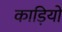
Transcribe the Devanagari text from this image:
काड़ियों